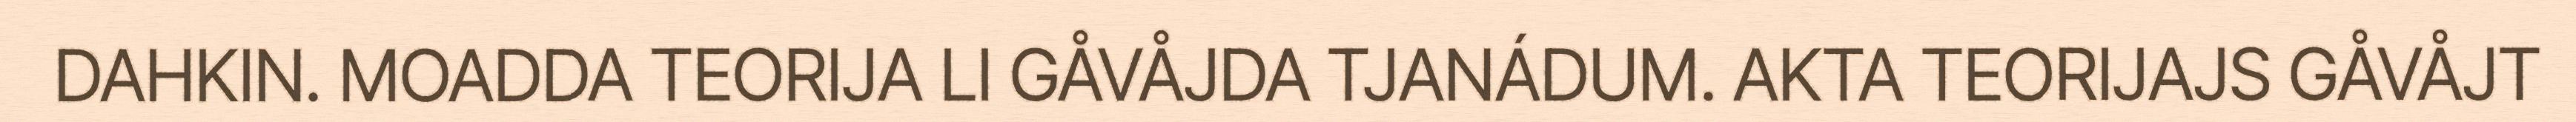
DAHKIN. MOADDA TEORIJA LI GÅVÅJDA TJANÁDUM. AKTA TEORIJAJS GÅVÅJT